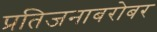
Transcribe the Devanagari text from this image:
प्रतिजनाबरोबर